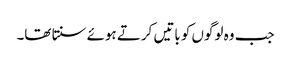
جب وہ لوگوں کو باتیں کرتے ہوئے سنتا تھا۔